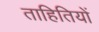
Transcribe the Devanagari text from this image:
ताहितियों